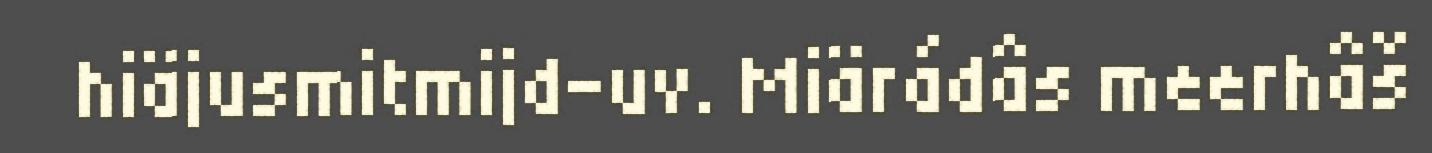
hiäjusmitmijd-uv. Miärádâs meerhâš